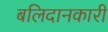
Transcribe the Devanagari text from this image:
बलिदानकारी